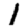
Digit: 1